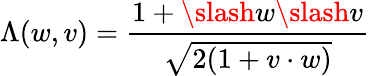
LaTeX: \Lambda(w,v)=\frac{1+\slash w\slash v}{\sqrt{2(1+v\cdot w)}}